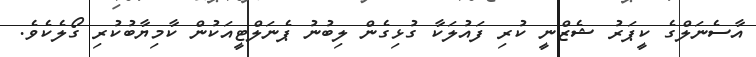
އާސެނަލްގެ ކީޕަރު ޝެޒްނީ ކުރި ފައުލަކާ ގުޅިގެން ލިބުނު ޕެނަލްޓީއަކުން ކާމިޔާބުކުރި ގޯލެކެވެ.